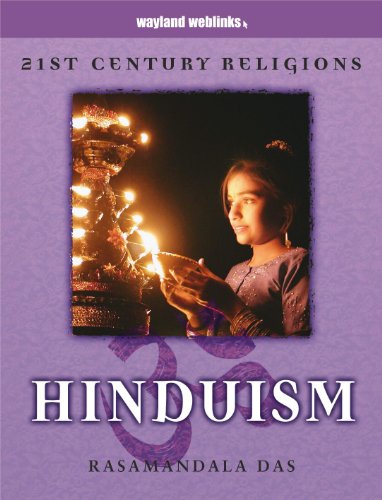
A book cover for Hinduism; Anita Ganeri Rasamandala Das; Children's Books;